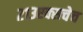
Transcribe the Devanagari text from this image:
२१३एक्सचेच